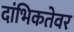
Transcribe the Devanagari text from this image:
दांभिकतेवर